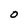
Character: O